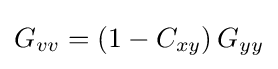
G_{vv}=\left(1-C_{xy}\right)G_{yy}